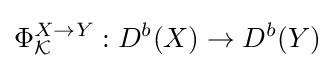
\Phi _{\mathcal {K}}^{X\to Y}:D^{b}(X)\to D^{b}(Y)